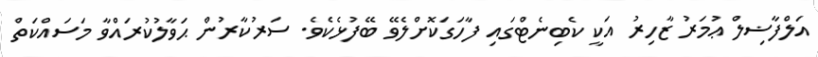
އަލްފާޟިލް ޢުމަރު ޒާހިރު އަކީ ކެބިނެޓްގައި ފާހަގަކޮށްލެވޭ ބޭފުޅެކެވެ. ސަރުކާރުން ޙަވާލުކުރައްވާ މަސައްކަތް